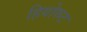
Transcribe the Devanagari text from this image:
हियोरुट